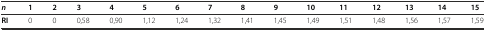
<table><thead><tr><td><b><i>n</i></b></td><td><b>1</b></td><td><b>2</b></td><td><b>3</b></td><td><b>4</b></td><td><b>5</b></td><td><b>6</b></td><td><b>7</b></td><td><b>8</b></td><td><b>9</b></td><td><b>10</b></td><td><b>11</b></td><td><b>12</b></td><td><b>13</b></td><td><b>14</b></td><td><b>15</b></td></tr></thead><tbody><tr><td><b>RI</b></td><td>0</td><td>0</td><td>0,58</td><td>0,90</td><td>1,12</td><td>1,24</td><td>1,32</td><td>1,41</td><td>1,45</td><td>1,49</td><td>1,51</td><td>1,48</td><td>1,56</td><td>1,57</td><td>1,59</td></tr></tbody></table>